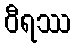
ဝီရဿ